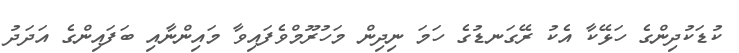
ކުޑަކުދިންގެ ހަޅޭކާ އެކު ރޭގަނޑުގެ ހަމަ ނިދިން މަހުރޫމްވެފައިވާ މައިންނާއި ބަފައިންގެ އަދަދު